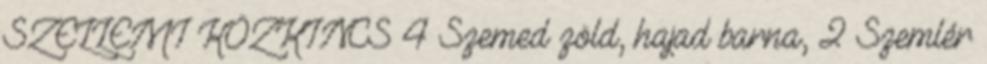
SZELLEMI KÖZKINCS 4 Szemed zöld, hajad barna, 2 Szemlér